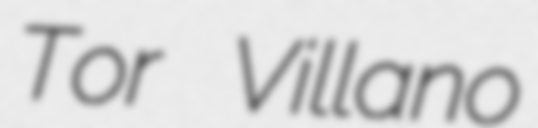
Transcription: Tor Villano